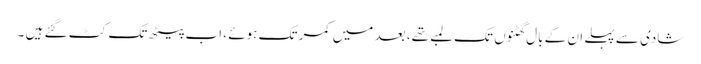
شادی سے پہلے ان کے بال گھٹنوں تک لمبے تھے، بعد میں کمر تک ہوئے ، اب پیٹھ تک کٹ گئے ہیں ۔